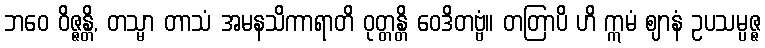
ဘဝေ ဝိဇ္ဇန္တိ, တသ္မာ တာသံ အမနသိကာရာတိ ဝုတ္တန္တိ ဝေဒိတဗ္ဗံ။ တတြာပိ ဟိ ဣမံ ဈာနံ ဥပသမ္ပဇ္ဇ